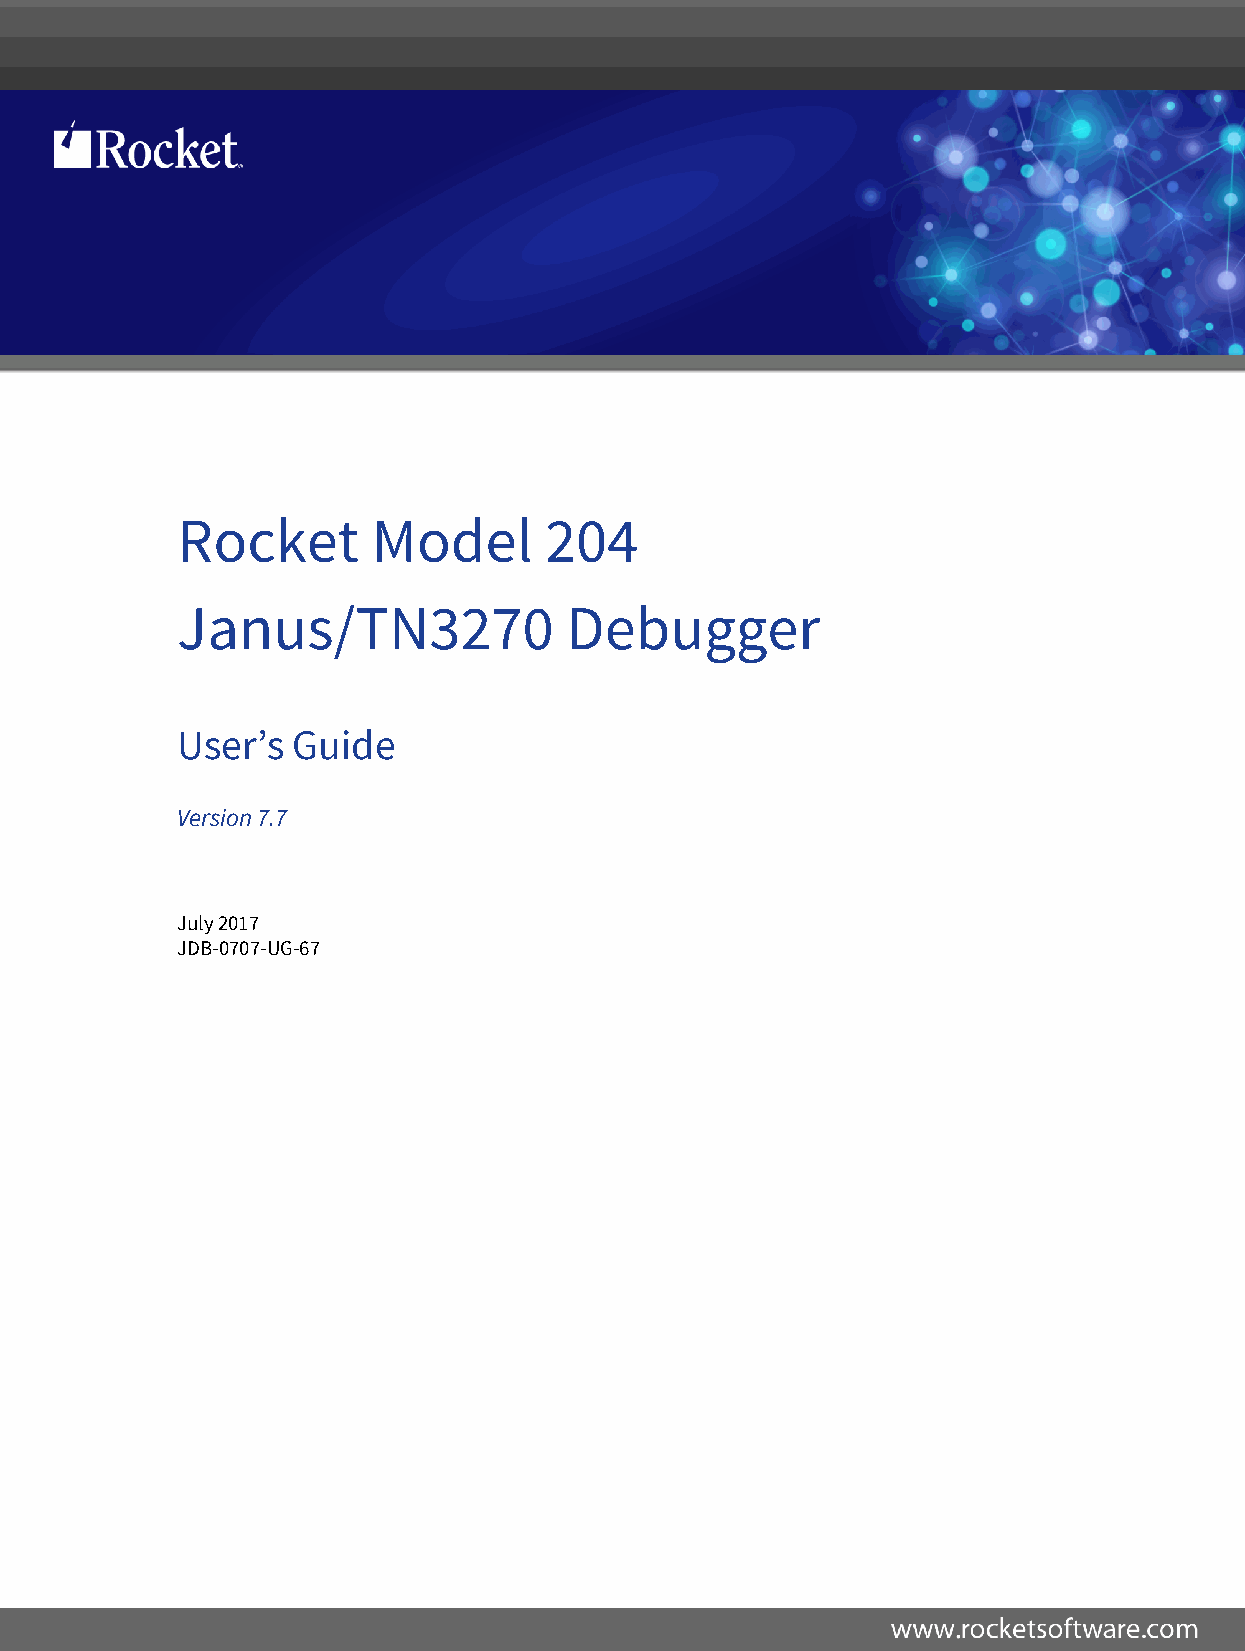
Rocket       Model      204
 Janus/TN3270             Debugger
 User’s Guide
 Version 7.7
 July 2017
 JDB-0707-UG-67